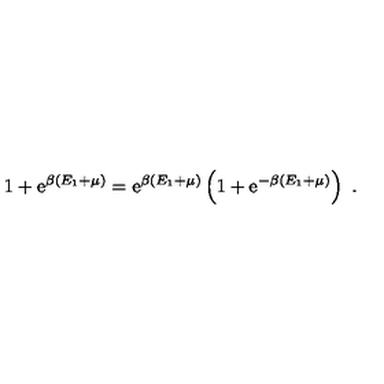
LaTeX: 1 + \mathrm { e } ^ { \beta ( E _ { 1 } + \mu ) } = \mathrm { e } ^ { \beta ( E _ { 1 } + \mu ) } \left( 1 + \mathrm { e } ^ { - \beta ( E _ { 1 } + \mu ) } \right) \ .